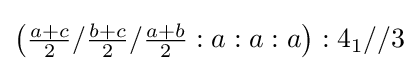
\left({\tfrac {a+c}{2}}/{\tfrac {b+c}{2}}/{\tfrac {a+b}{2}}:a:a:a\right):4_{1}//3